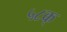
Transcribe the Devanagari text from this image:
५८क्